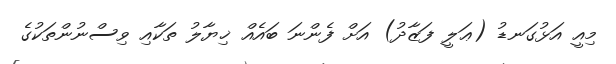
މިއީ އަޅުގަނޑު (ޢަލީ ފަޒާދު) އަށް ފެންނަ ބައެއް ޚިޔާލު ތަކާއި ވިސްނުންތަކުގެ